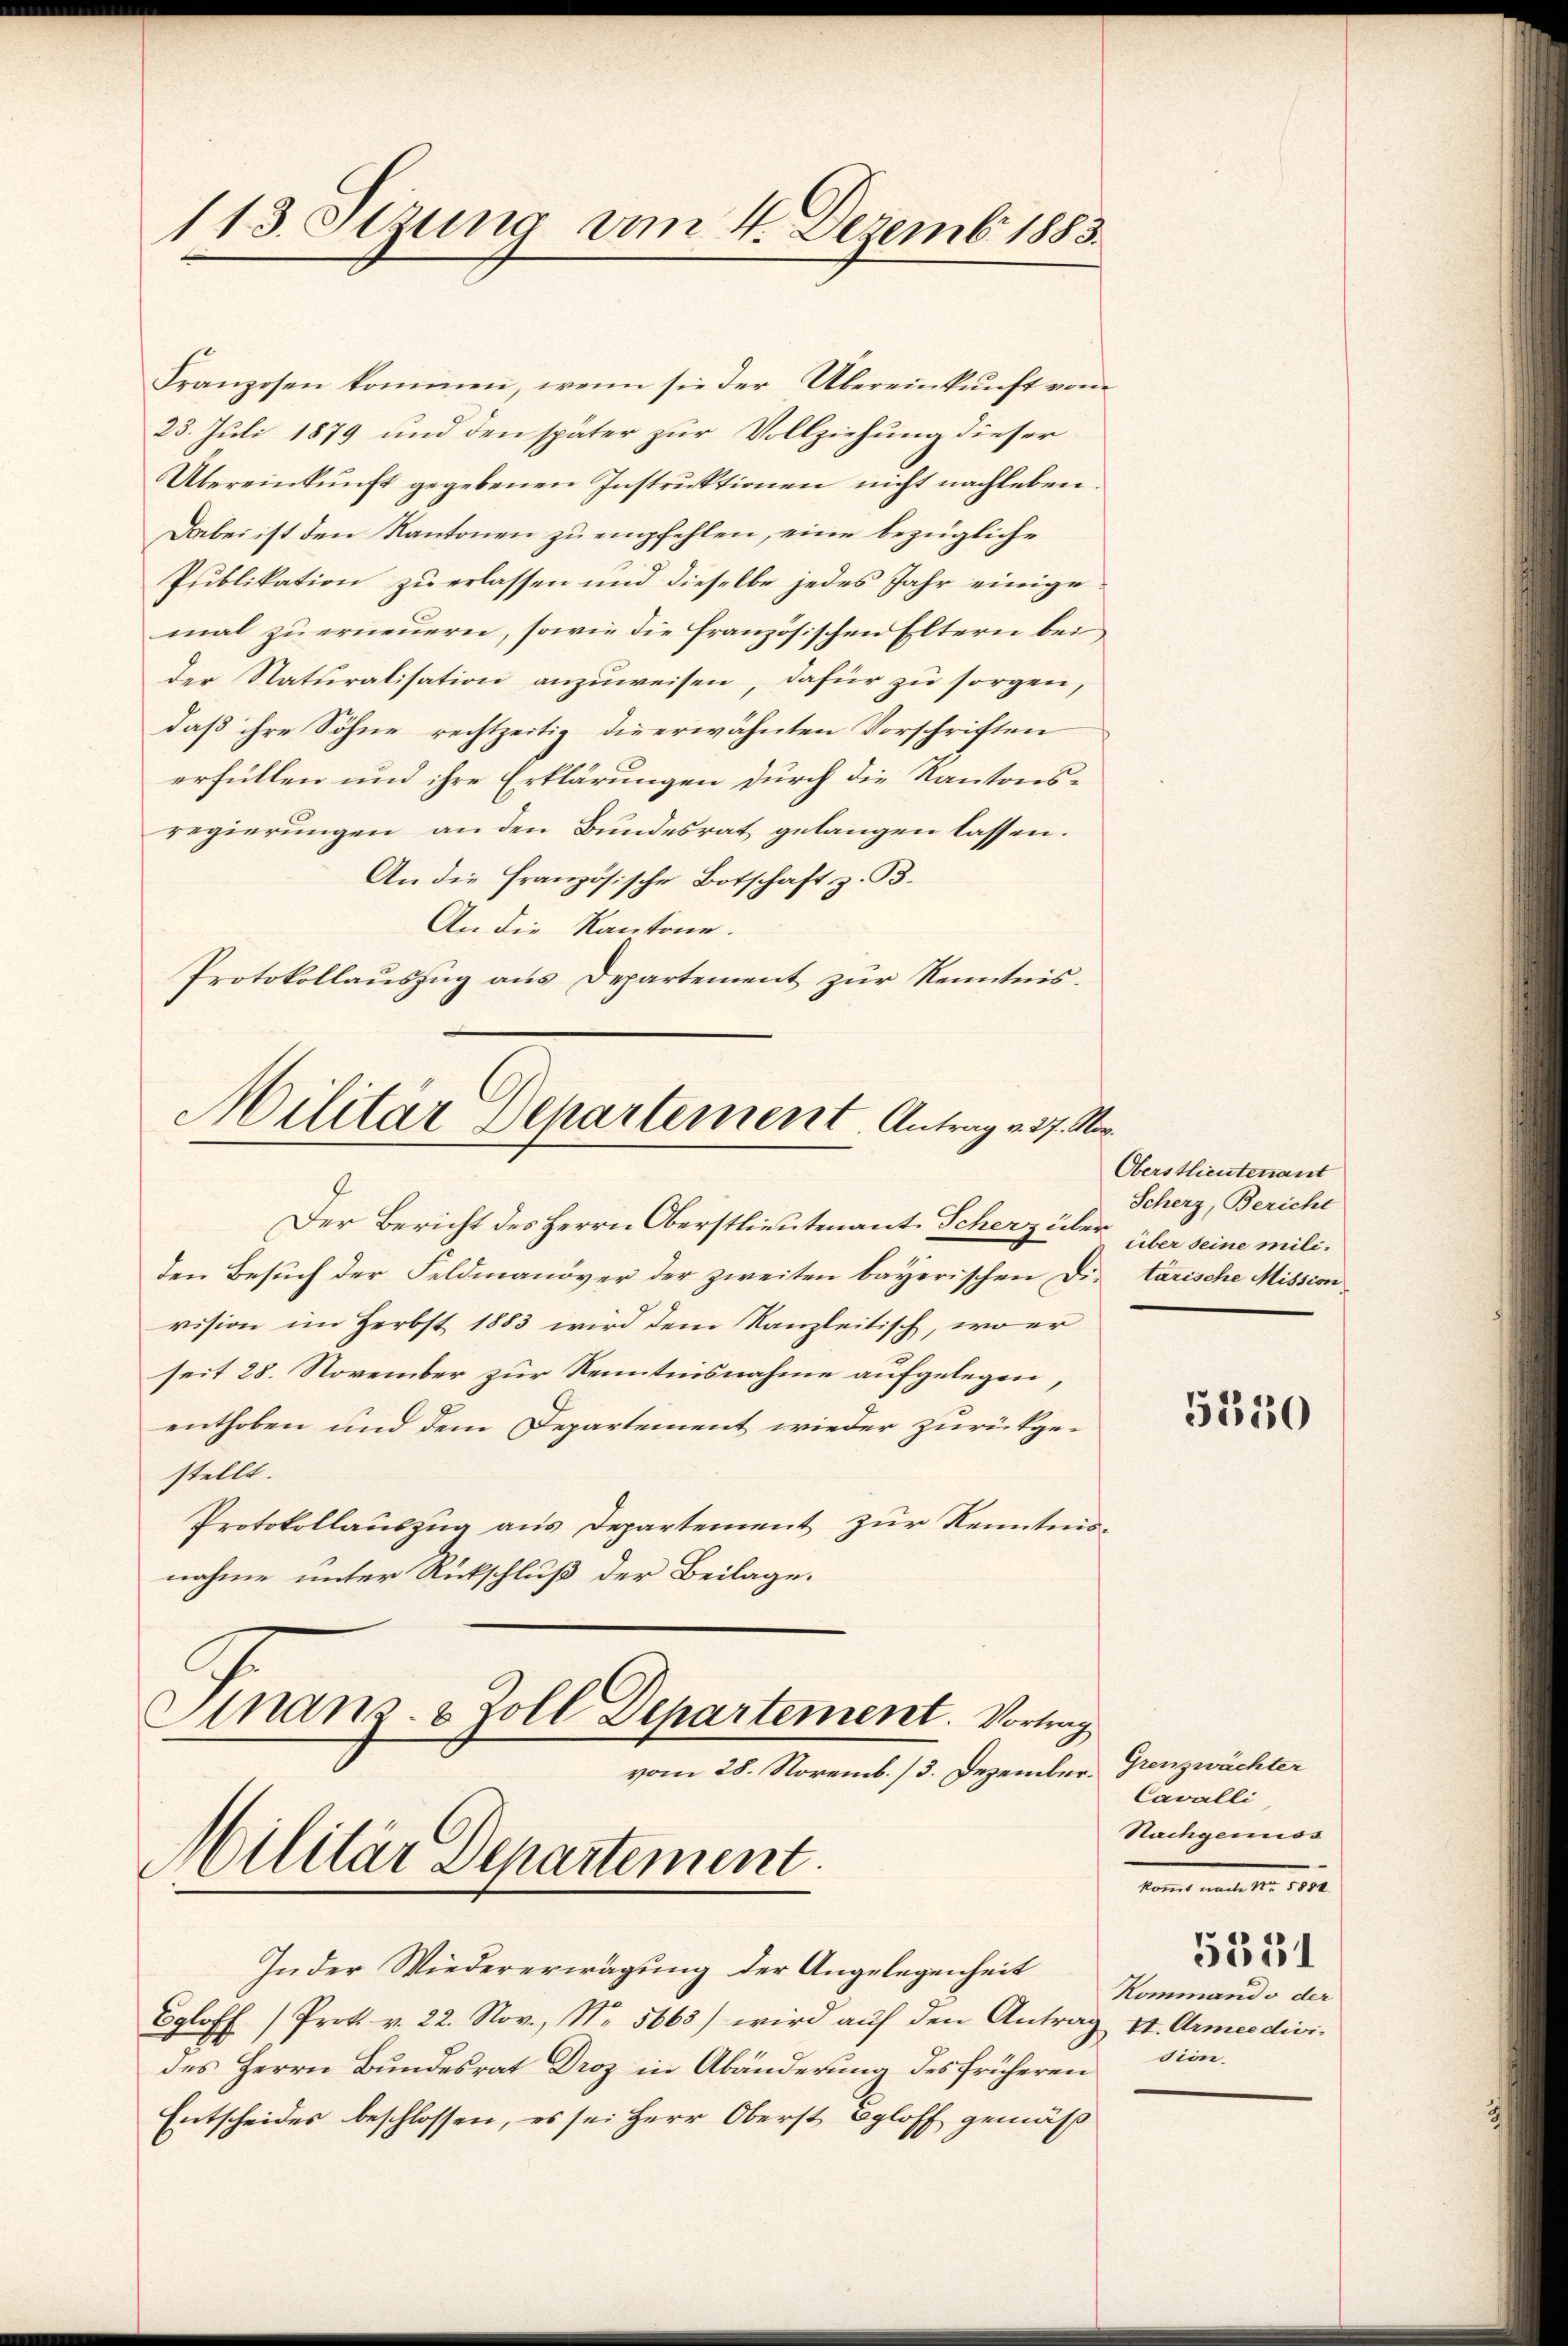
113. Stzung am 4. Dezemb. 1883.

Franzosen kommen, wenn sie der Übereinkŭnft vom
23. Juli 1879 und den später zur Vollziehung dieser
Übereinkŭnft gegebenen Instrŭktionen nicht nachleben.
Dabei ist den Kantonen zu empfehlen, eine bezeigliche
Publikation zu erlassen und dieselbe jedes Jahr einige
mal zu erneuern, sowie die französischen Eltern bei
der Naturalisation anzuweisen, dafür zu sorgen,
daß ihre Söhne rechtzeitig die erwähnten Vorschriften
erfüllen und ihre Erklärungen durch die Kantons-
regierungen an den Bundesrat gelangen lassen.
An die Französische Botschaft z. B.
An die Kantone.
Protokollauszug aus Departement zur Kenntnis.
Der Bericht des Herrn Oberstlieutenant. Scherz über über seine miliden Besuch der Feldmanöver der zweiten bayerischen Die tarische Mission
vision im Herbst 1883 wird dem Kanzleitisch, wo er
seit 28. November zur Kenntnisnahme aufgelegen,
enthoben und dem Departement wieder zurückgestellt.
Protokollauszug aus Departement zur Kenntnis-
nahme unter Rückschluß der Beilage.
Gnanz- & Zoll Departement. Vortrag
vom 28. Novemb. /3. Dezember.
Militär Departement.
In der Wiedererwägung der Angelegenheit
Egloff (Prok. v. 22. Nov., Nr. 5665) wird aŭf den Antrag
des Herrn Bundesrat Droz in Abänderung des früheren
Entscheides beschlossen, es sei Herr Oberst Egloff gemäß

Militar Separtement. Antrag v. 27. Nov.

Oberstlieutenant
Scherz, Bericht

5550

Grenzwächter
Cavalli
Nachgemiss
wandt mit der die
5531
Kommando der
I. Armeedivi
sion.